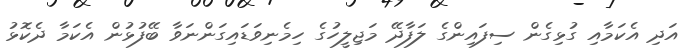
އަދި އެކަމާއި ގުޅިގެން ސިފައިންގެ ލަފާދޭ މަޖިލީހުގެ ހިމެނިވަޑައިގަންނަވާ ބޭފުޅުން އެކަމާ ދެކޮޅު